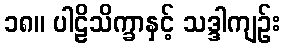
၁၈။ ပါဠိသိက္ခာနှင့် သဒ္ဒါကျဉ်း